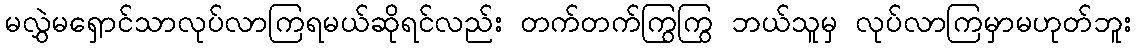
မလွှဲမရှောင်သာလုပ်လာကြရမယ်ဆိုရင်လည်း တက်တက်ကြွကြွ ဘယ်သူမှ လုပ်လာကြမှာမဟုတ်ဘူး